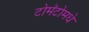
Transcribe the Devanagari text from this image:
टोमॅटोमधे